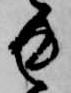
返